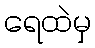
ရေထဲမှ